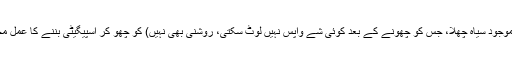
وہ بلیک ہول کے ایونٹ ہورائزن (بلیک ہول کے باہر کی جانب موجود سیاہ چھلا، جس کو چھونے کے بعد کوئی شے واپس نہیں لوٹ سکتی، روشنی بھی نہیں) کو چھو کر اسپیگیٹی بننے کا عمل محسوس کر چکے تھے، نوڈلفیکیشن تک کو جذب کر چکے تھے۔